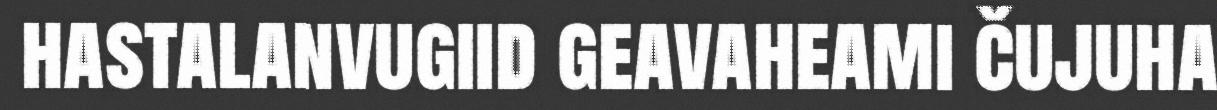
hastalanvugiid geavaheami čujuha